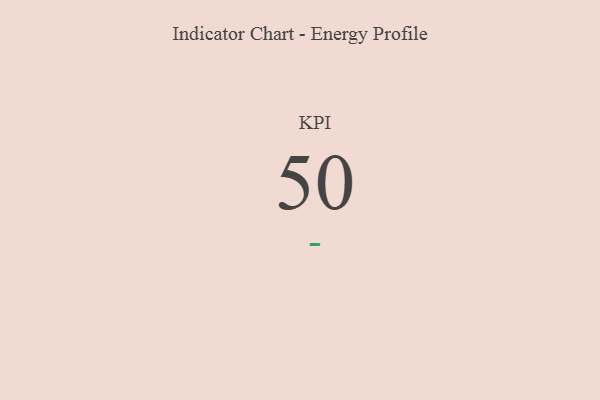
{"axis": {"x": "KPI", "y": "Value"}, "legend": [""], "data": [{"x": "KPI", "y": 50, "type": ""}]}